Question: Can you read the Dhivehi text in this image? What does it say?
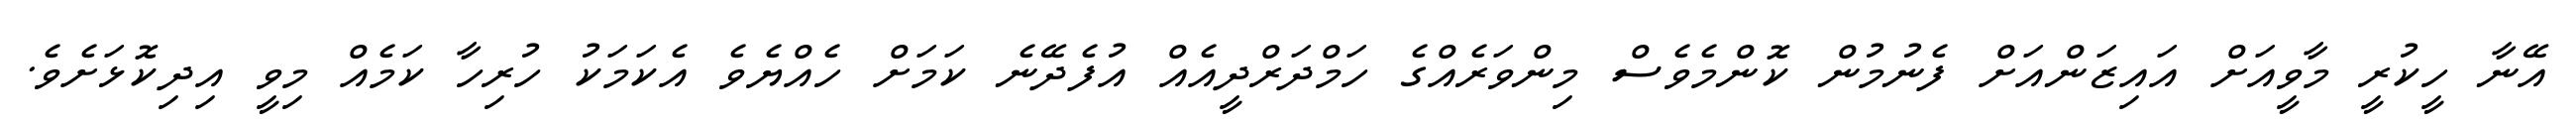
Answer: އޭނާ ހީކުރީ މާވީއަށް އައިޒަންއަށް ފެނުމުން ކޮންމެވެސް މިންވަރެއްގެ ހަމްދަރްދީއެއް އުފެދޭނެ ކަމަށް ހެއްޔެވެ އެކަމަކު ހުރިހާ ކަމެއް މިވީ އިދިކޮޅަށެވެ.